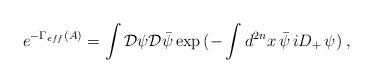
LaTeX: \begin{align*}e^{-\Gamma_{eff}(A)}=\int {\cal D}\psi {\cal D}\bar{\psi}\exp{(-\int d^{2n}x\,\bar{\psi}\,iD_{+}\,\psi)}\;,\end{align*}